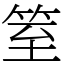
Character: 䇪